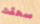
سحقت